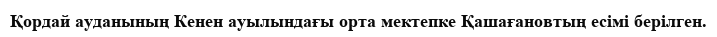
Қордай ауданының Кенен ауылындағы орта мектепке Қашағановтың есімі берілген.